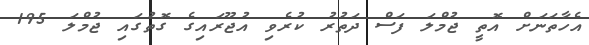
އެހާތަނަށް އޮތީ ޖުމްލަ ފަސް ދަތުރު ކުރެވި އުޖޫރައިގެ ގޮތުގައި ޖުމްލަ 195